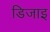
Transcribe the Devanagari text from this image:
डिजाइ